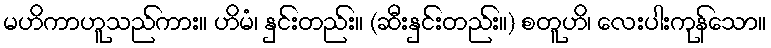
မဟိကာဟူသည်ကား။ ဟိမံ၊ နှင်းတည်း။ (ဆီးနှင်းတည်း။) စတူဟိ၊ လေးပါးကုန်သော။